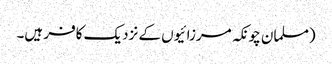
(مسلمان چونکہ مرزائیوں کے نزدیک کافر ہیں۔